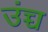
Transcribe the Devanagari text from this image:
उंच्च